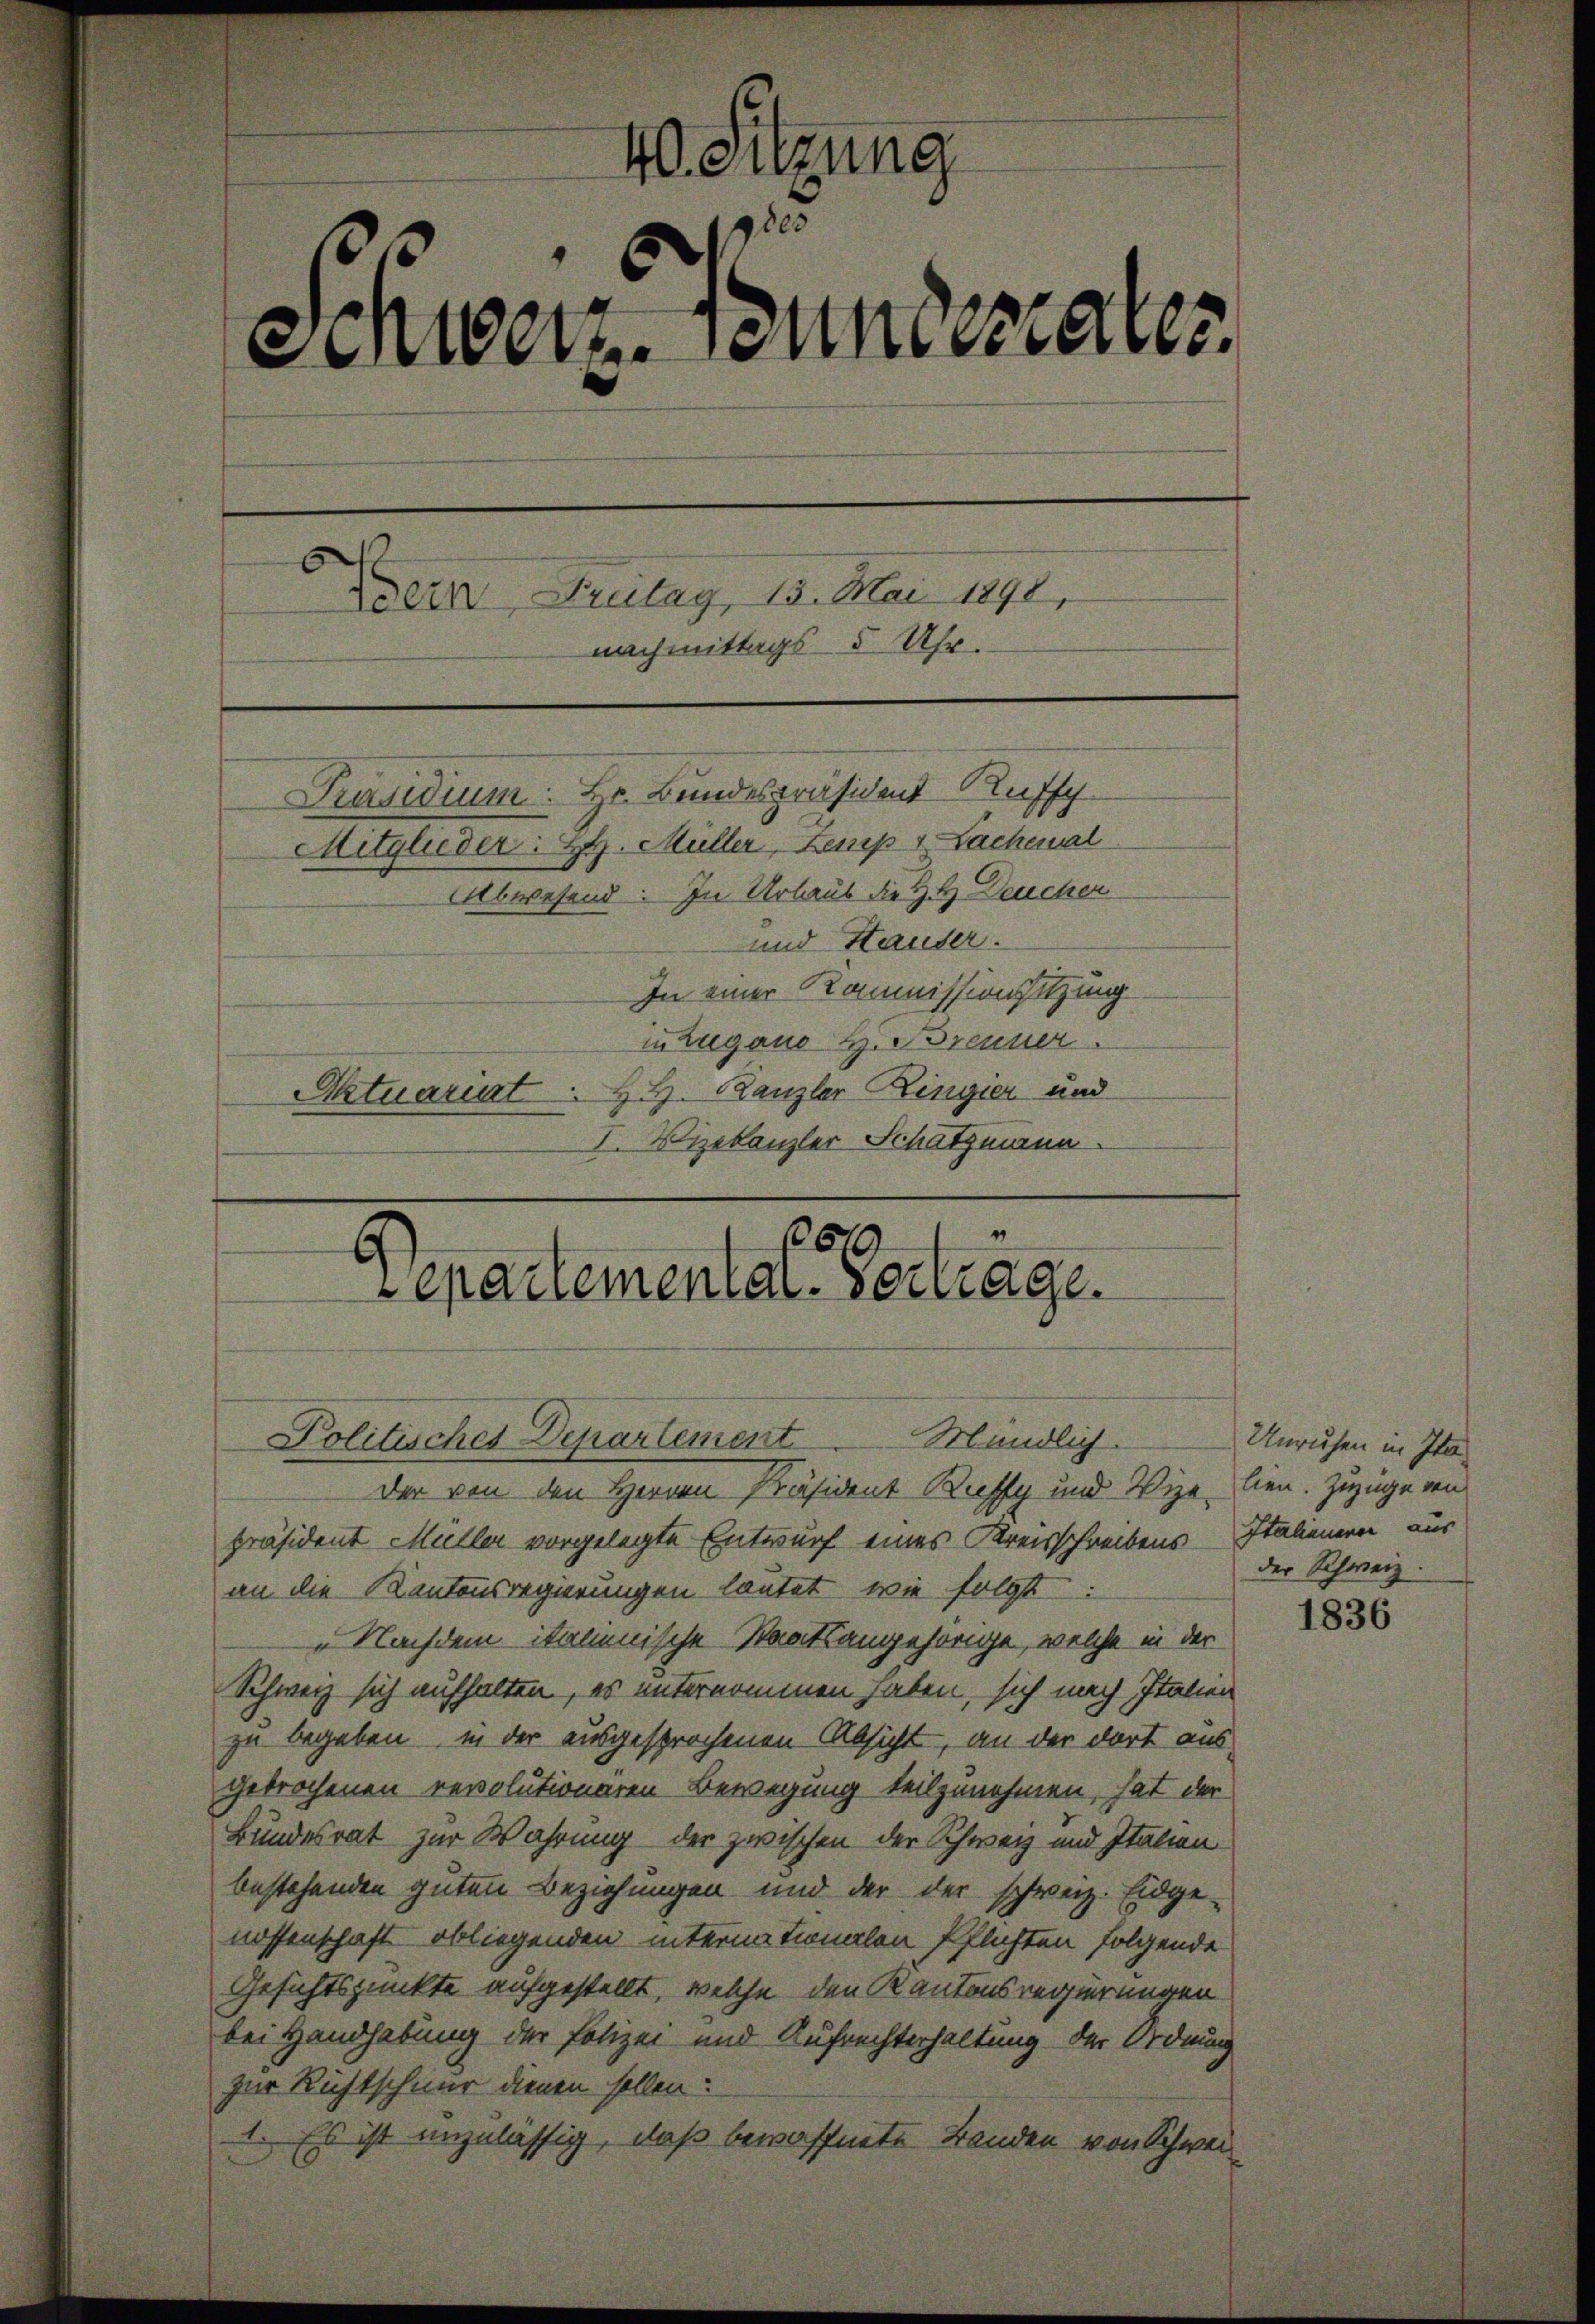
40. Sitzung
1750
einwertenmerrates.
Bern Frutay, 13. Mai 1891,
nachmittags- 5 Uhr.
Präsidium. Hr. Bundespräsident Ruff
Mitglieder: H. Müller, Lemp v Lachenal
Abwesend. In Urlaub die H. H Deucher
und Hauser.
In einer Kommissionsitzung.
in Zugano H. Brenner.
Atuariat . H. H. Kanzler Ringier und
I. Vizekanzler Schatzmann

510
epartemental-Vertrage.
Politisches Departement Mündlich.

der von den Herren Präsident Buffy und Wie lien. Zuzuge von
präsident Müller vorgelegte Entwurf eines Kreisschreibens Italieneren aus
an die Kantonsregierungen lautet, wie folgt:
 Nachdem italienische Staatsangehörige, welche in der
Schweiz sich aufhalten, es unternommen haben, sich nach Italien
zu begeben, in der ausgesprochenen Absicht, an der dort aus
gebrochenen revolutioneren Bewegung teilzunehmen, hat der
Bundesrat zur Wahrung der zwischen der Schweiz und Italien
bestehenden guten Beziehungen und der der schweiz. Eidge-
nossenschaft obliegenden internationalen Pflichten folgende
Gesichtspunkte aufgestellt, welche den Kantonsregierungen
bei Handhabung der Polizei und Aufrechterhaltung der Ordnung
zur Richtschnur dienen sollen:
1. Es ist unzulässig, daß bewaffnete Banden von Schwei

Unruhen in Itader Schweiz.

1836